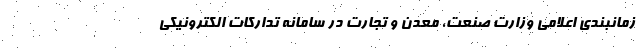
زمانبندی اعلامی وزارت صنعت، معدن و تجارت در سامانه تدارکات الکترونیکی